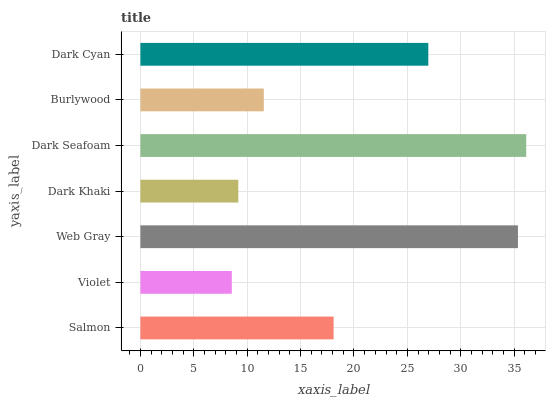
| yaxis_label | bars |
 | --- | --- |
 | Salmon | 18.1 |
 | Violet | 8.56 |
 | Web Gray | 35.4 |
 | Dark Khaki | 9.17 |
 | Dark Seafoam | 36.1 |
 | Burlywood | 11.6 |
 | Dark Cyan | 27 |